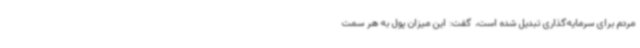
مردم برای سرمایه‌گذاری تبدیل شده است، گفت: این میزان پول به هر سمت